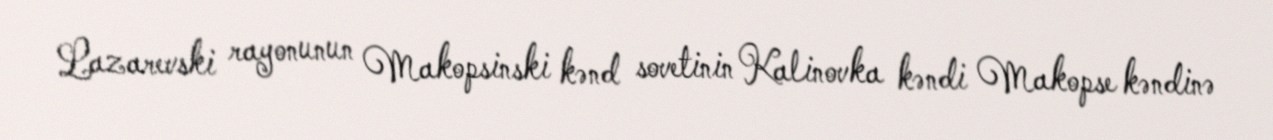
Lazarevski rayonunun Makopsinski kənd sovetinin Kalinovka kəndi Makopse kəndinə